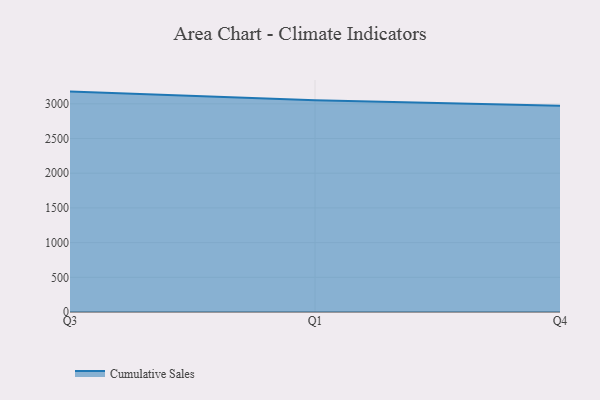
{"axis": {"x": "Quarter", "y": "Shipments"}, "legend": ["Cumulative Sales"], "data": [{"x": "Q3", "y": 3175.9, "type": "Cumulative Sales"}, {"x": "Q1", "y": 3051.4, "type": "Cumulative Sales"}, {"x": "Q4", "y": 2970.3, "type": "Cumulative Sales"}]}